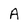
Character: a